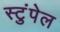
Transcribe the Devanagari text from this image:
स्टुंपेल